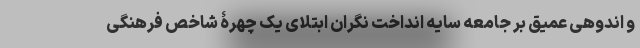
و اندوهی عمیق بر جامعه سایه انداخت نگران ابتلای یک چهرۀ شاخص فرهنگی